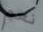
نعم